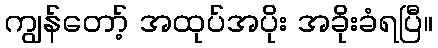
ကျွန်တော့် အထုပ်အပိုး အခိုးခံရပြီ။